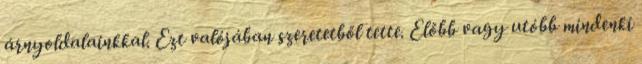
árnyoldalainkkal. Ezt valójában szeretetből tette. Előbb vagy utóbb mindenki